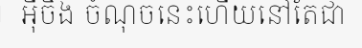
អ៊ីចឹង ចំណុចនេះហើយនៅតែជា